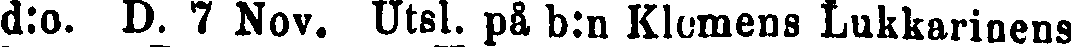
d:o. D. 7 Nov. Utsl. på b:n Klemens Lukkarinens